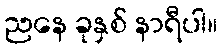
ညနေ ခုနှစ် နာရီပါ။